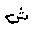
Letter: _shin